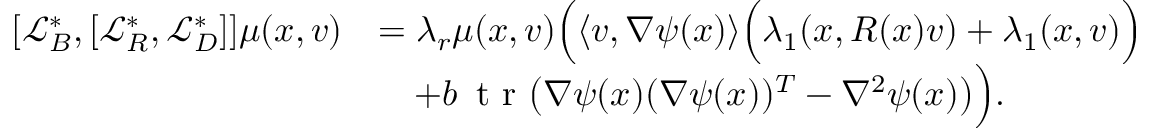
\begin{array} { r l } { [ \mathcal { L } _ { B } ^ { * } , [ \mathcal { L } _ { R } ^ { * } , \mathcal { L } _ { D } ^ { * } ] ] \mu ( x , v ) } & { = \lambda _ { r } \mu ( x , v ) \Big ( \langle v , \nabla \psi ( x ) \rangle \Big ( \lambda _ { 1 } ( x , R ( x ) v ) + \lambda _ { 1 } ( x , v ) \Big ) } \\ & { \quad + b \, \textnormal { t r } \big ( \nabla \psi ( x ) ( \nabla \psi ( x ) ) ^ { T } - \nabla ^ { 2 } \psi ( x ) \big ) \Big ) . } \end{array}